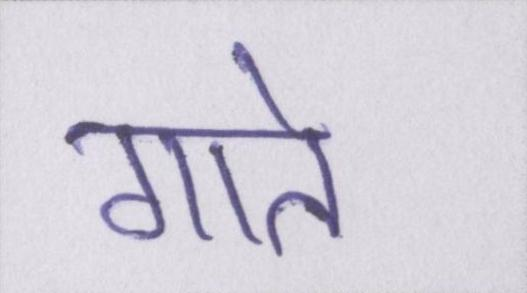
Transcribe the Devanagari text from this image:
गाते